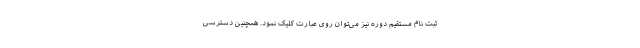
ثبت نام مستقیم دوره نیز می‌توان روی عبارت کلیک نمود. همچنین دسترسی